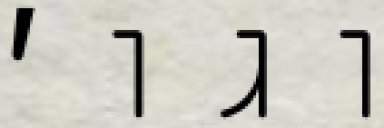
וגו׳